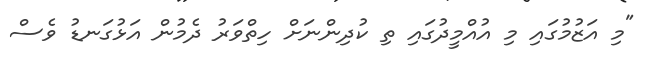
"މި އަޒުމުގައި މި އުއްމީދުގައި ތި ކުދިންނަށް ހިތްވަރު ދެމުން އަޅުގަނޑު ވެސް